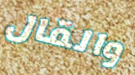
والقال